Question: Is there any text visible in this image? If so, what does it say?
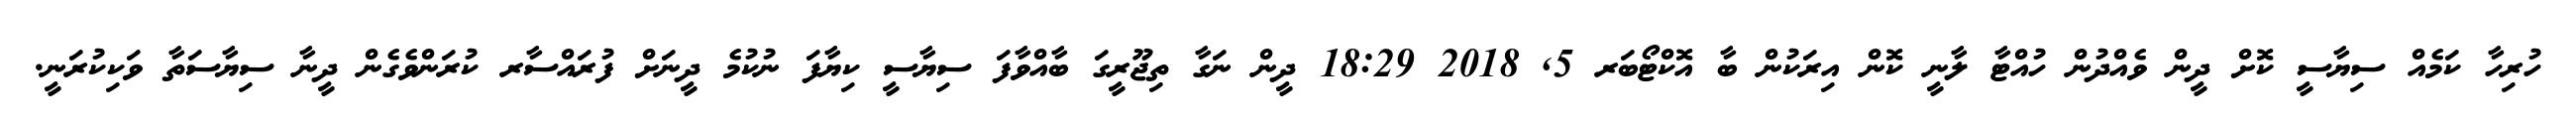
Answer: ހުރިހާ ކަމެއް ސިޔާސީ ކޮށް ދީން ވެއްދުން ހުއްޓާ ލާނީ ކޮން އިރަކުން ބާ އޮކްޓޯބަރ 5, 2018 18:29 ދީން ނަގާ ތިޖޫރީގަ ބާއްވާފަ ސިޔާސީ ކިޔާފަ ނުކުމެ ދީނަށް ފުރައްސާރ ކުރަންވެގެން ދީނާ ސިޔާސަތާ ވަކިކުރަނީ.